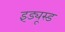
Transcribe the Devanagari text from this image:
इंड्यूस्ड